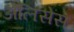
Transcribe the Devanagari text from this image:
ॲलिसेस